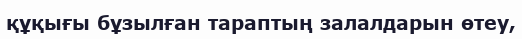
құқығы бұзылған тараптың залалдарын өтеу,